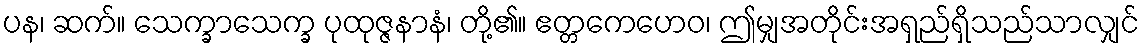
ပန၊ ဆက်။ သေက္ခာသေက္ခ ပုထုဇ္ဇနာနံ၊ တို့၏။ ဧတ္တကေဟေဝ၊ ဤမျှအတိုင်းအရှည်ရှိသည်သာလျှင်